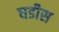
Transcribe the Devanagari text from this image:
घडीस